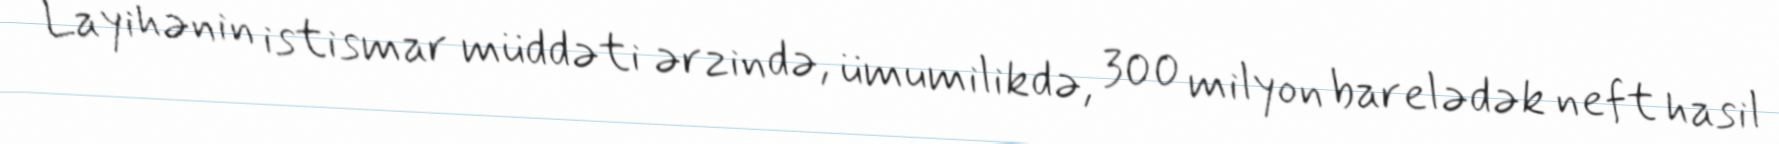
Layihənin istismar müddəti ərzində, ümumilikdə, 300 milyon barelədək neft hasil